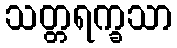
သတ္တရက္ခသာ